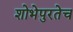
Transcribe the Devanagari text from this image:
शोभेपुरतेच